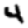
Digit: 4